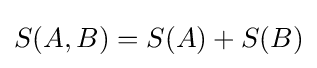
S(A,B)=S(A)+S(B)